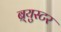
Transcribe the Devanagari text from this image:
ब्र्युस्टर